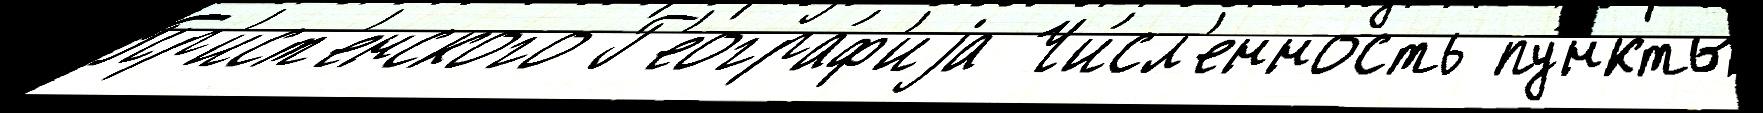
Пр'ист'енского Г'еогра́ф'иjа Чи́сл'енность пу́нкты